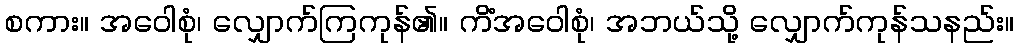
စကား။ အဝေါစုံ၊ လျှောက်ကြကုန်၏။ ကိံအဝေါစုံ၊ အဘယ်သို့ လျှောက်ကုန်သနည်း။